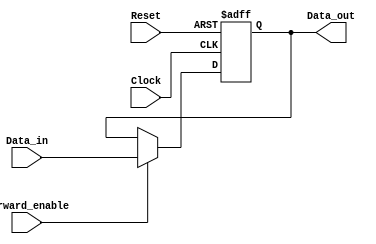
module ForwardingRegister (
    input wire [31:0] Data_in,      // Input data to be forwarded
    input wire Forward_enable,       // Control signal to enable forwarding
    input wire Clock,                // Clock signal
    input wire Reset,                // Asynchronous reset signal
    output reg [31:0] Data_out       // Output data that is forwarded
);

    // Asynchronous reset and clocked behavior
    always @(posedge Clock or posedge Reset) begin
        if (Reset) begin
            Data_out <= 32'b0;        // Clear the register on reset
        end else if (Forward_enable) begin
            Data_out <= Data_in;      // Forward the input data
        end
        // If Forward_enable is not asserted, retain the previous value
    end

endmodule